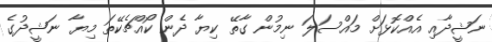
ނަޝީދާއި އެއްކޮޅަށް މައްސަލަ ނިމުން ގާތޭ ކިޔާ ދެން ކޯއްޗެކޭތަ މިޔާ ނަޝީދުގެ